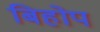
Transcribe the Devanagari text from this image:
बिहोप